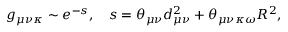
g _ { \mu \nu \kappa } \sim e ^ { - s } , \quad s = \theta _ { \mu \nu } d _ { \mu \nu } ^ { 2 } + \theta _ { \mu \nu \kappa \omega } R ^ { 2 } ,